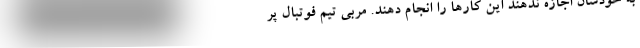
به خودشان اجازه ندهند این کارها را انجام دهند. مربی تیم فوتبال پر